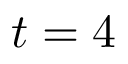
t = 4